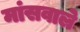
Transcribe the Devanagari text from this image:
मांसवाले